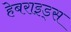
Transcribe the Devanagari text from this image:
हेबराइड्स